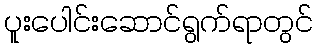
ပူးပေါင်းဆောင်ရွက်ရာတွင်